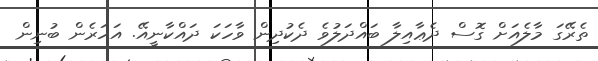
ތެރޭގަ މާލެއަށް ގޮސް ދެޢާއިލާ ބައްދަލުވެ ދެކުދިން ވާހަކަ ދައްކާނީއޭ. އަހަރެން ބުނިން